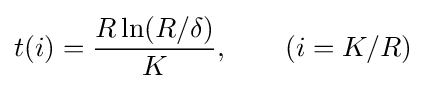
t(i)={\frac {R\ln(R/\delta )}{K}},\qquad (i=K/R)